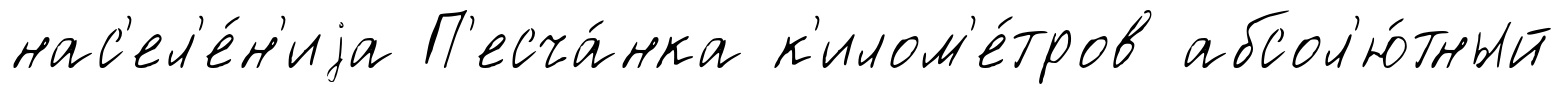
нас'ел'е́н'иjа П'есча́нка к'илом'е́тров абсол'ю́тный